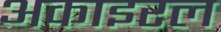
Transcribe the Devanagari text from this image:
अकाइरल